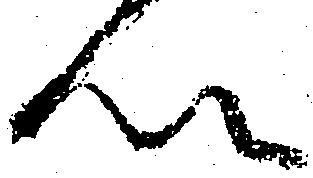
以